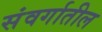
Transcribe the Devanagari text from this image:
संवर्गातील